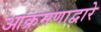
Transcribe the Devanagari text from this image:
आक्रमणाद्वारे